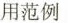
用范例